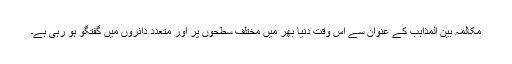
مکالمہ بین المذاہب کے عنوان سے اس وقت دنیا بھر میں مختلف سطحوں پر اور متعدد دائروں میں گفتگو ہو رہی ہے۔